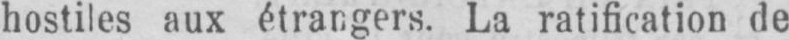
hostiles aux étrangers. La ratification de